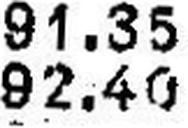
92.40